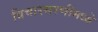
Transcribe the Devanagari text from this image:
विचारसरणींमध्ये